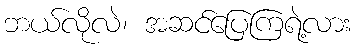
ဘယ်လိုလဲ၊ အဆင်ပြေကြရဲ့လား